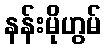
နန်းမိုဟွမ်